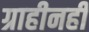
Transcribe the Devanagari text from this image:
ग्राहीनहीं